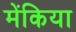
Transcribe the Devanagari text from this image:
मेंकिया